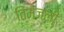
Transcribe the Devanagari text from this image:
तिमजली